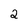
Character: 2